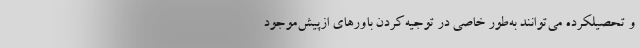
و تحصیلکرده می‌توانند به‌طور خاصی در توجیه‌کردن باورهای ازپیش‌موجودِ